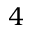
4